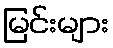
မြင်းများ